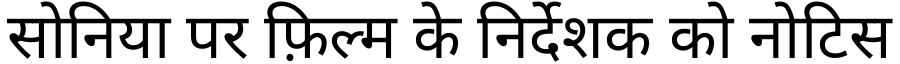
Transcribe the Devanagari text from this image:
सोनिया पर फ़िल्म के निर्देशक को नोटिस